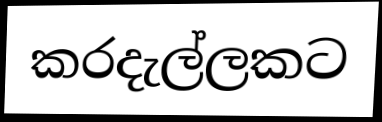
කරදැල්ලකට